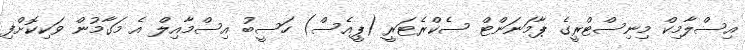
އިސްލާމިކް މިނިސްޓްރީގެ ޕާމަނަންޓް ސެކްރެޓަރީ (ޕީއެސް) ހަސީބު އިސްމާއިލް އެ މަގާމުން ވަކިކޮށްފި